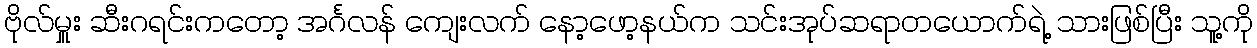
ဗိုလ်မှူး ဆီးဂရင်းကတော့ အင်္ဂလန် ကျေးလက် နော့ဖော့နယ်က သင်းအုပ်ဆရာတယောက်ရဲ့ သားဖြစ်ပြီး သူ့ကို